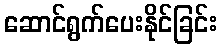
ဆောင်ရွက်ပေးနိုင်ခြင်း